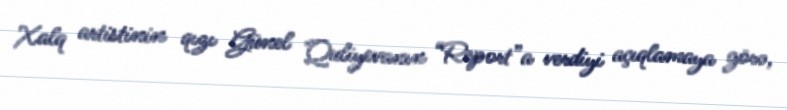
Xalq artistinin qızı Günel Quliyevanın “Report”a verdiyi açıqlamaya görə,